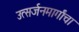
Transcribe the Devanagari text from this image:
उत्सर्जनमार्गांचा